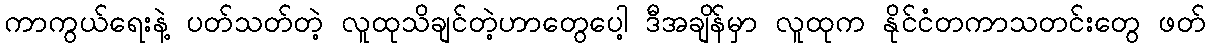
ကာကွယ်ရေးနဲ့ ပတ်သတ်တဲ့ လူထုသိချင်တဲ့ဟာတွေပေါ့ ဒီအချိန်မှာ လူထုက နိုင်ငံတကာသတင်းတွေ ဖတ်